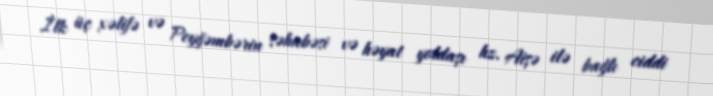
İlk üç xəlifə və Peyğəmbərin səhabəsi və həyat yoldaşı hz. Aişə ilə bağlı ciddi